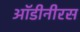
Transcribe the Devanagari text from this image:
ऑडीनीरस